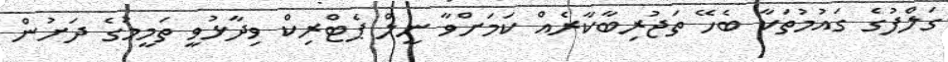
ގަލްފުގެ ގައުމުތަކާ ބެހޭ ތަޖުރިބާކާރެއް ކަމަށްވާ ނީލް ޕެޓްރިކް ވިދާޅުވީ ތަމީމުގެ ދަށުން